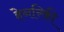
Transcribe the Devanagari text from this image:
हेनरिकी